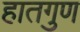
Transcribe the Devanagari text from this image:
हातगुण